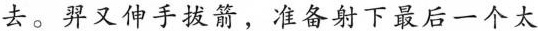
去。羿又伸手拔箭，准备射下最后一个太